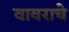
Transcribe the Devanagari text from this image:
वावराचे